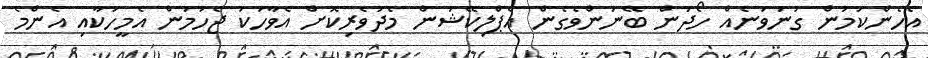
އެހެންކަމުން ގުނަވަނެއް ހޯދަން ބޭނުންވެގެން އެޕްލިކޭޝަން މެދުވެރިކޮށް އެވާހަކަ ޖެހުމުން އެމީހަކާއި އެންމެ